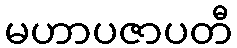
မဟာပဇာပတီ